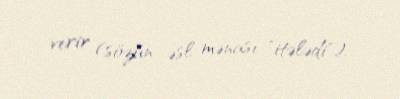
verir (sözün əsl mənası "itələdi").